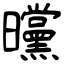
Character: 曭